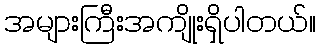
အများကြီးအကျိုးရှိပါတယ်။